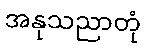
အနုသညာတုံ